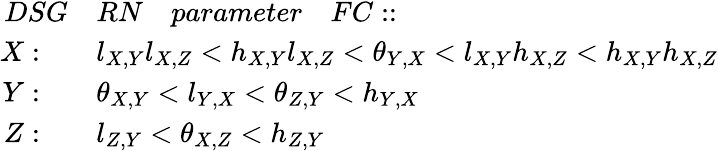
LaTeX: \begin{array}{rl}{DSG}&{RN\quad parameter\quad FC::\quad}\\ {X:\quad}&{l_{X,Y}l_{X,Z}<h_{X,Y}l_{X,Z}<\theta_{Y,X}<l_{X,Y}h_{X,Z}<h_{X,Y}h_{X,Z}}\\ {Y:\quad}&{\theta_{X,Y}<l_{Y,X}<\theta_{Z,Y}<h_{Y,X}}\\ {Z:\quad}&{l_{Z,Y}<\theta_{X,Z}<h_{Z,Y}}\end{array}